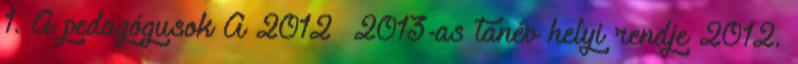
1. A pedagógusok A 2012 2013-as tanév helyi rendje 2012.